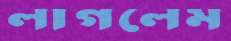
লাগলেম